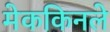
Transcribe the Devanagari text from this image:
मेककिनले